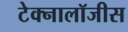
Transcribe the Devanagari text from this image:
टेक्नालॉजीस